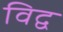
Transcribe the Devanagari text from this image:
विद्व